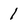
Character: 1